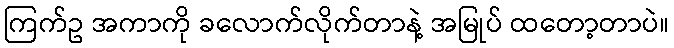
ကြက်ဥ အကာကို ခလောက်လိုက်တာနဲ့ အမြုပ် ထတော့တာပဲ။